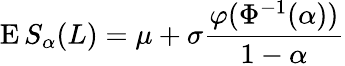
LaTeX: \operatorname{E}S_{\alpha}(L)=\mu+\sigma{\frac{\varphi(\Phi^{-1}(\alpha))}{1-\alpha}}